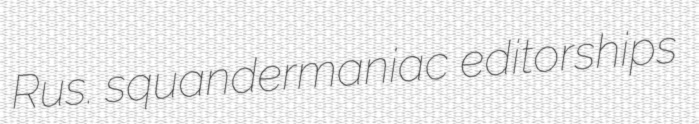
Rus. squandermaniac editorships